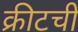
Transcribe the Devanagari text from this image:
क्रीटची